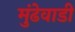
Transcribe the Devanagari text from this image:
मुंढेवाडी